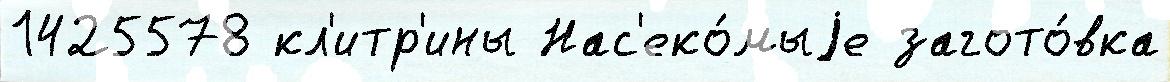
1425578 кл'итр'ины Нас'еко́мыjе загото́вка